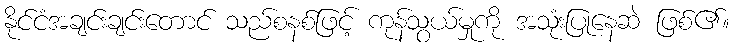
နိုင်ငံအချင်းချင်းတောင် သည်စနစ်ဖြင့် ကုန်သွယ်မှုကို အသုံးပြုနေဆဲ ဖြစ်၏။